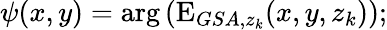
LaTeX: \psi(x,y)=\arg{(\mathrm{E}_{GSA,z_{k}}(x,y,z_{k}))};